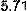
5.71